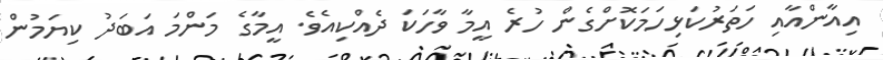
އިއާންއާއި ހަތަރުކަޅިހަމަކޮށްގެން ހުރެ އީމާ ވާހަކަ ދެއްކިއެވެ. އީމާގެ މަންމަ އަބަދު ކިޔަމުން